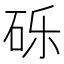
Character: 砾